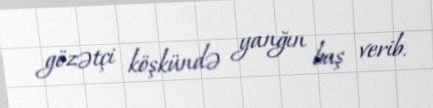
gözətçi köşkündə yanğın baş verib.